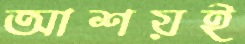
আশয়ই